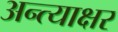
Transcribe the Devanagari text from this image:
अन्त्याक्षर